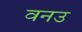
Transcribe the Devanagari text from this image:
वनउ